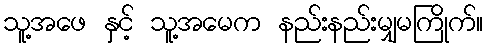
သူ့အဖေ နှင့် သူ့အမေက နည်းနည်းမျှမကြိုက်။